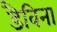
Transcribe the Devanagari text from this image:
डैविना